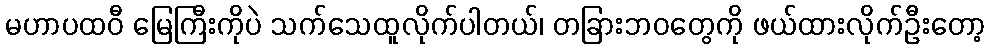
မဟာပထဝီ မြေကြီးကိုပဲ သက်သေထူလိုက်ပါတယ်၊ တခြားဘဝတွေကို ဖယ်ထားလိုက်ဦးတော့